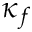
\kappa _ { f }